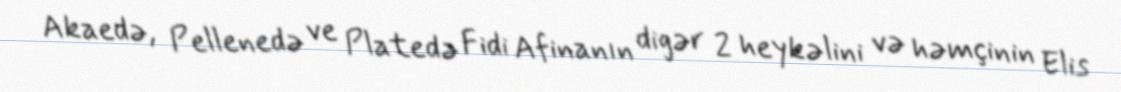
Akaedə, Pellenedə ve Platedə Fidi Afinanın digər 2 heykəlini və həmçinin Elis